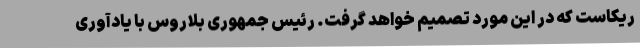
ریکاست که در این مورد تصمیم خواهد گرفت. رئیس جمهوری بلاروس با یادآوری